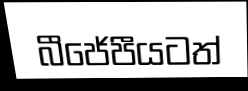
බීජේපීයටත්